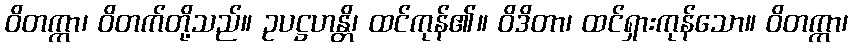
ဝိတက္ကာ၊ ဝိတက်တို့သည်။ ဥပဋ္ဌဟန္တိ၊ ထင်ကုန်၏။ ဝိဒိတာ၊ ထင်ရှားကုန်သော။ ဝိတက္ကာ၊